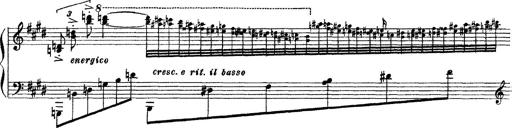
Title: 3 sonetti di Petrarca
Composer: Franz Liszt